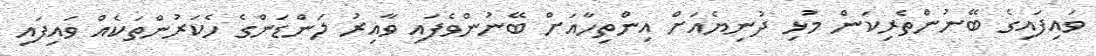
ވައިފައިގެ ބޭނުންތެރިކަން މުޅި ދުނިޔެއަށް އިންތިހާއަށް ބޭނުންވެފައި ވާއިރު ލަންޑަންގެ ހެކަރުންތަކެއް ވައިފައި